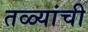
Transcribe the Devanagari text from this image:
तळ्यांची